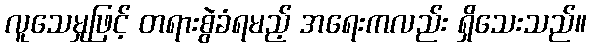
လူသေမှုဖြင့် တရားစွဲခံရမည့် အရေးကလည်း ရှိသေးသည်။